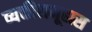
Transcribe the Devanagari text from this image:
व्यक्तीसमूहास